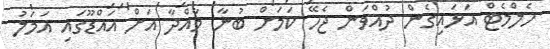
ހެލްމެޓް އަޅައިގެން ދުއްވަން ޖެހޭ ކަމަށް ބުނާ މާއްދާ އަށް އައްޑޫގައި އަމަލު